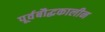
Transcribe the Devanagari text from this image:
पूर्वबौद्धकालीन